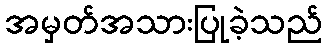
အမှတ်အသားပြုခဲ့သည်